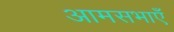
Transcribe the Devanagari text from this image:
आमसभाएँ